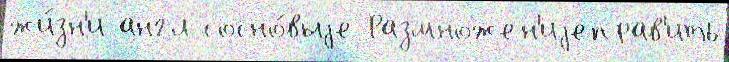
жи́зн'и англ сосно́выjе Размножен'иjеправ'ить